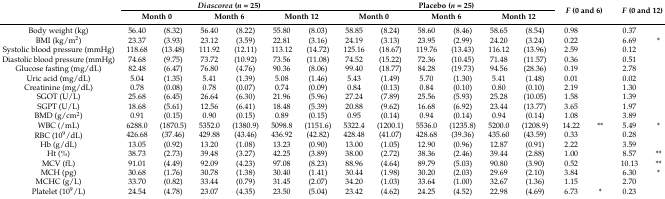
<table><thead><tr><td rowspan="2"></td><td colspan="6"><b><i>Diascorea</i> (<i>n</i> = 25)</b></td><td colspan="6"><b>Placebo (<i>n</i> = 25)</b></td><td rowspan="2" colspan="2"><b><i>F</i> (0 and 6)</b></td><td rowspan="2" colspan="2"><b><i>F</i> (0 and 12)</b></td></tr><tr><td colspan="2"><b>Month 0</b></td><td colspan="2"><b>Month 6</b></td><td colspan="2"><b>Month 12</b></td><td colspan="2"><b>Month 0</b></td><td colspan="2"><b>Month 6</b></td><td colspan="2"><b>Month 12</b></td></tr></thead><tbody><tr><td>Body weight (kg)</td><td>56.40 </td><td>(8.32)</td><td>56.40 </td><td>(8.22)</td><td>55.80 </td><td>(8.03)</td><td>58.85 </td><td>(8.24)</td><td>58.60 </td><td>(8.46)</td><td>58.65 </td><td>(8.54)</td><td>0.98 </td><td></td><td>0.37 </td><td></td></tr><tr><td>BMI (kg/m<sup>2</sup>)</td><td>23.37 </td><td>(3.93)</td><td>23.12 </td><td>(3.59)</td><td>22.81 </td><td>(3.16)</td><td>24.19 </td><td>(3.13)</td><td>23.95 </td><td>(2.99)</td><td>24.20 </td><td>(3.24)</td><td>0.22 </td><td></td><td>6.69 </td><td>*</td></tr><tr><td>Systolic blood pressure (mmHg)</td><td>118.68 </td><td>(13.48)</td><td>111.92 </td><td>(12.11)</td><td>113.12 </td><td>(14.72)</td><td>125.16 </td><td>(18.67)</td><td>119.76 </td><td>(13.43)</td><td>116.12 </td><td>(13.96)</td><td>2.59 </td><td></td><td>0.12 </td><td></td></tr><tr><td>Diastolic blood pressure (mmHg)</td><td>74.68 </td><td>(9.75)</td><td>73.72 </td><td>(10.92)</td><td>73.56 </td><td>(11.08)</td><td>74.52 </td><td>(15.22)</td><td>72.36 </td><td>(10.45)</td><td>71.48 </td><td>(11.57)</td><td>0.36 </td><td></td><td>0.51 </td><td></td></tr><tr><td>Glucose fasting (mg/dL) </td><td>82.48 </td><td>(6.47)</td><td>76.80 </td><td>(4.76)</td><td>90.36 </td><td>(8.06)</td><td>99.40 </td><td>(18.77)</td><td>84.28 </td><td>(19.73)</td><td>94.56 </td><td>(28.36)</td><td>0.19 </td><td></td><td>2.78 </td><td></td></tr><tr><td>Uric acid (mg/dL) </td><td>5.04 </td><td>(1.35)</td><td>5.41 </td><td>(1.39)</td><td>5.08 </td><td>(1.46)</td><td>5.43 </td><td>(1.49)</td><td>5.70 </td><td>(1.30)</td><td>5.41 </td><td>(1.48)</td><td>0.01 </td><td></td><td>0.02 </td><td></td></tr><tr><td>Creatinine (mg/dL) </td><td>0.78 </td><td>(0.08)</td><td>0.78 </td><td>(0.07)</td><td>0.74 </td><td>(0.09)</td><td>0.84 </td><td>(0.13)</td><td>0.84 </td><td>(0.10)</td><td>0.80 </td><td>(0.10)</td><td>2.19 </td><td></td><td>1.30 </td><td></td></tr><tr><td>SGOT (U/L)</td><td>25.68 </td><td>(6.45)</td><td>26.64 </td><td>(6.30)</td><td>21.96 </td><td>(5.96)</td><td>27.24 </td><td>(7.89)</td><td>25.56 </td><td>(5.93)</td><td>25.28 </td><td>(10.05)</td><td>1.58 </td><td></td><td>1.39 </td><td></td></tr><tr><td>SGPT (U/L)</td><td>18.68 </td><td>(5.61)</td><td>12.56 </td><td>(6.41)</td><td>18.48 </td><td>(5.39)</td><td>20.88 </td><td>(9.62)</td><td>16.68 </td><td>(6.92)</td><td>23.44 </td><td>(13.77)</td><td>3.65 </td><td></td><td>1.97 </td><td></td></tr><tr><td>BMD (g/cm<sup>2</sup>)</td><td>0.91 </td><td>(0.15)</td><td>0.90 </td><td>(0.15)</td><td>0.89 </td><td>(0.15)</td><td>0.95 </td><td>(0.14)</td><td>0.94 </td><td>(0.14)</td><td>0.94 </td><td>(0.14)</td><td>1.08 </td><td></td><td>3.89 </td><td></td></tr><tr><td>WBC (/mL)</td><td>6288.0 </td><td>(1870.5)</td><td>5352.0 </td><td>(1380.9)</td><td>5098.8 </td><td>(1151.6)</td><td>5322.4 </td><td>(1200.1)</td><td>5536.0 </td><td>(1235.8)</td><td>5200.0 </td><td>(1208.9)</td><td>14.22 </td><td>**</td><td>5.49 </td><td>*</td></tr><tr><td>RBC (10<sup>9</sup>/dL)</td><td>426.68 </td><td>(37.46)</td><td>429.88 </td><td>(43.46)</td><td>436.92 </td><td>(42.82)</td><td>428.48 </td><td>(41.07)</td><td>428.68 </td><td>(39.36)</td><td>435.60 </td><td>(43.59)</td><td>0.33 </td><td></td><td>0.28 </td><td></td></tr><tr><td>Hb (g/dL)</td><td>13.05 </td><td>(0.92)</td><td>13.20 </td><td>(1.08)</td><td>13.23 </td><td>(0.90)</td><td>13.00 </td><td>(1.05)</td><td>12.90 </td><td>(0.96)</td><td>12.87 </td><td>(0.91)</td><td>2.22 </td><td></td><td>3.59 </td><td></td></tr><tr><td>Ht (%)</td><td>38.73 </td><td>(2.73)</td><td>39.48 </td><td>(3.27)</td><td>42.25 </td><td>(3.89)</td><td>38.00 </td><td>(2.72)</td><td>38.36 </td><td>(2.46)</td><td>39.44 </td><td>(2.88)</td><td>1.00 </td><td></td><td>8.57 </td><td>**</td></tr><tr><td>MCV (fL)</td><td>91.01 </td><td>(4.49)</td><td>92.09 </td><td>(4.23)</td><td>97.08 </td><td>(8.23)</td><td>88.96 </td><td>(4.64)</td><td>89.79 </td><td>(5.03)</td><td>90.80 </td><td>(3.90)</td><td>0.52 </td><td></td><td>10.13 </td><td>**</td></tr><tr><td>MCH (pg)</td><td>30.68 </td><td>(1.76)</td><td>30.78 </td><td>(1.38)</td><td>30.40 </td><td>(1.41)</td><td>30.44 </td><td>(1.98)</td><td>30.20 </td><td>(2.03)</td><td>29.69 </td><td>(2.10)</td><td>3.84 </td><td></td><td>6.30 </td><td>*</td></tr><tr><td>MCHC (g/L)</td><td>33.70 </td><td>(0.82)</td><td>33.44 </td><td>(0.79)</td><td>31.45 </td><td>(2.07)</td><td>34.20 </td><td>(1.03)</td><td>33.64 </td><td>(1.00)</td><td>32.67 </td><td>(1.36)</td><td>1.15 </td><td></td><td>2.70 </td><td></td></tr><tr><td>Platelet (10<sup>9</sup>/L)</td><td>24.54 </td><td>(4.78)</td><td>23.07 </td><td>(4.35)</td><td>23.50 </td><td>(5.04)</td><td>23.42 </td><td>(4.62)</td><td>24.25 </td><td>(4.52)</td><td>22.98 </td><td>(4.69)</td><td>6.73 </td><td>*</td><td>0.23 </td><td></td></tr></tbody></table>